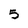
Character: 5